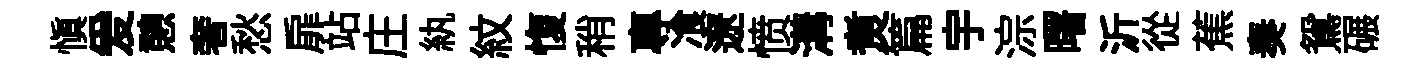
慎爰憩奢愁扉站庄紈紋愎稍專飡遼愤溝煑篇宇淙曙沂從蕉奏鴛碾